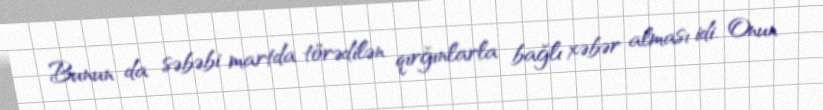
Bunun da səbəbi martda törədilən qırğınlarla bağlı xəbər alması idi. Onun